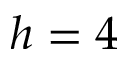
h = 4